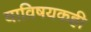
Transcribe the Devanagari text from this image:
याविषयकही